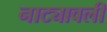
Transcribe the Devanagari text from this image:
नाट्यावली